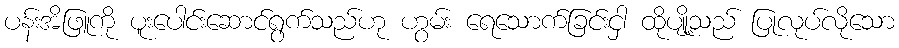
ပန်းအိဖြူကို ပူးပေါင်းဆောင်ရွက်သည်ဟု ဟွမ်း ရေသောက်ခြင်းငှါ ထိုပျို့သည် ပြုလုပ်လိုသော